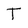
Character: T